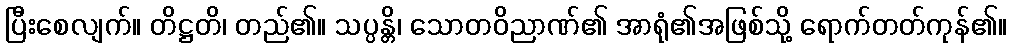
ပြီးစေလျက်။ တိဋ္ဌတိ၊ တည်၏။ သပ္ပန္တိ၊ သောတဝိညာဏ်၏ အာရုံ၏အဖြစ်သို့ ရောက်တတ်ကုန်၏။